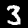
Label: 3